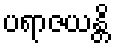
ပရာဇယန္တိ